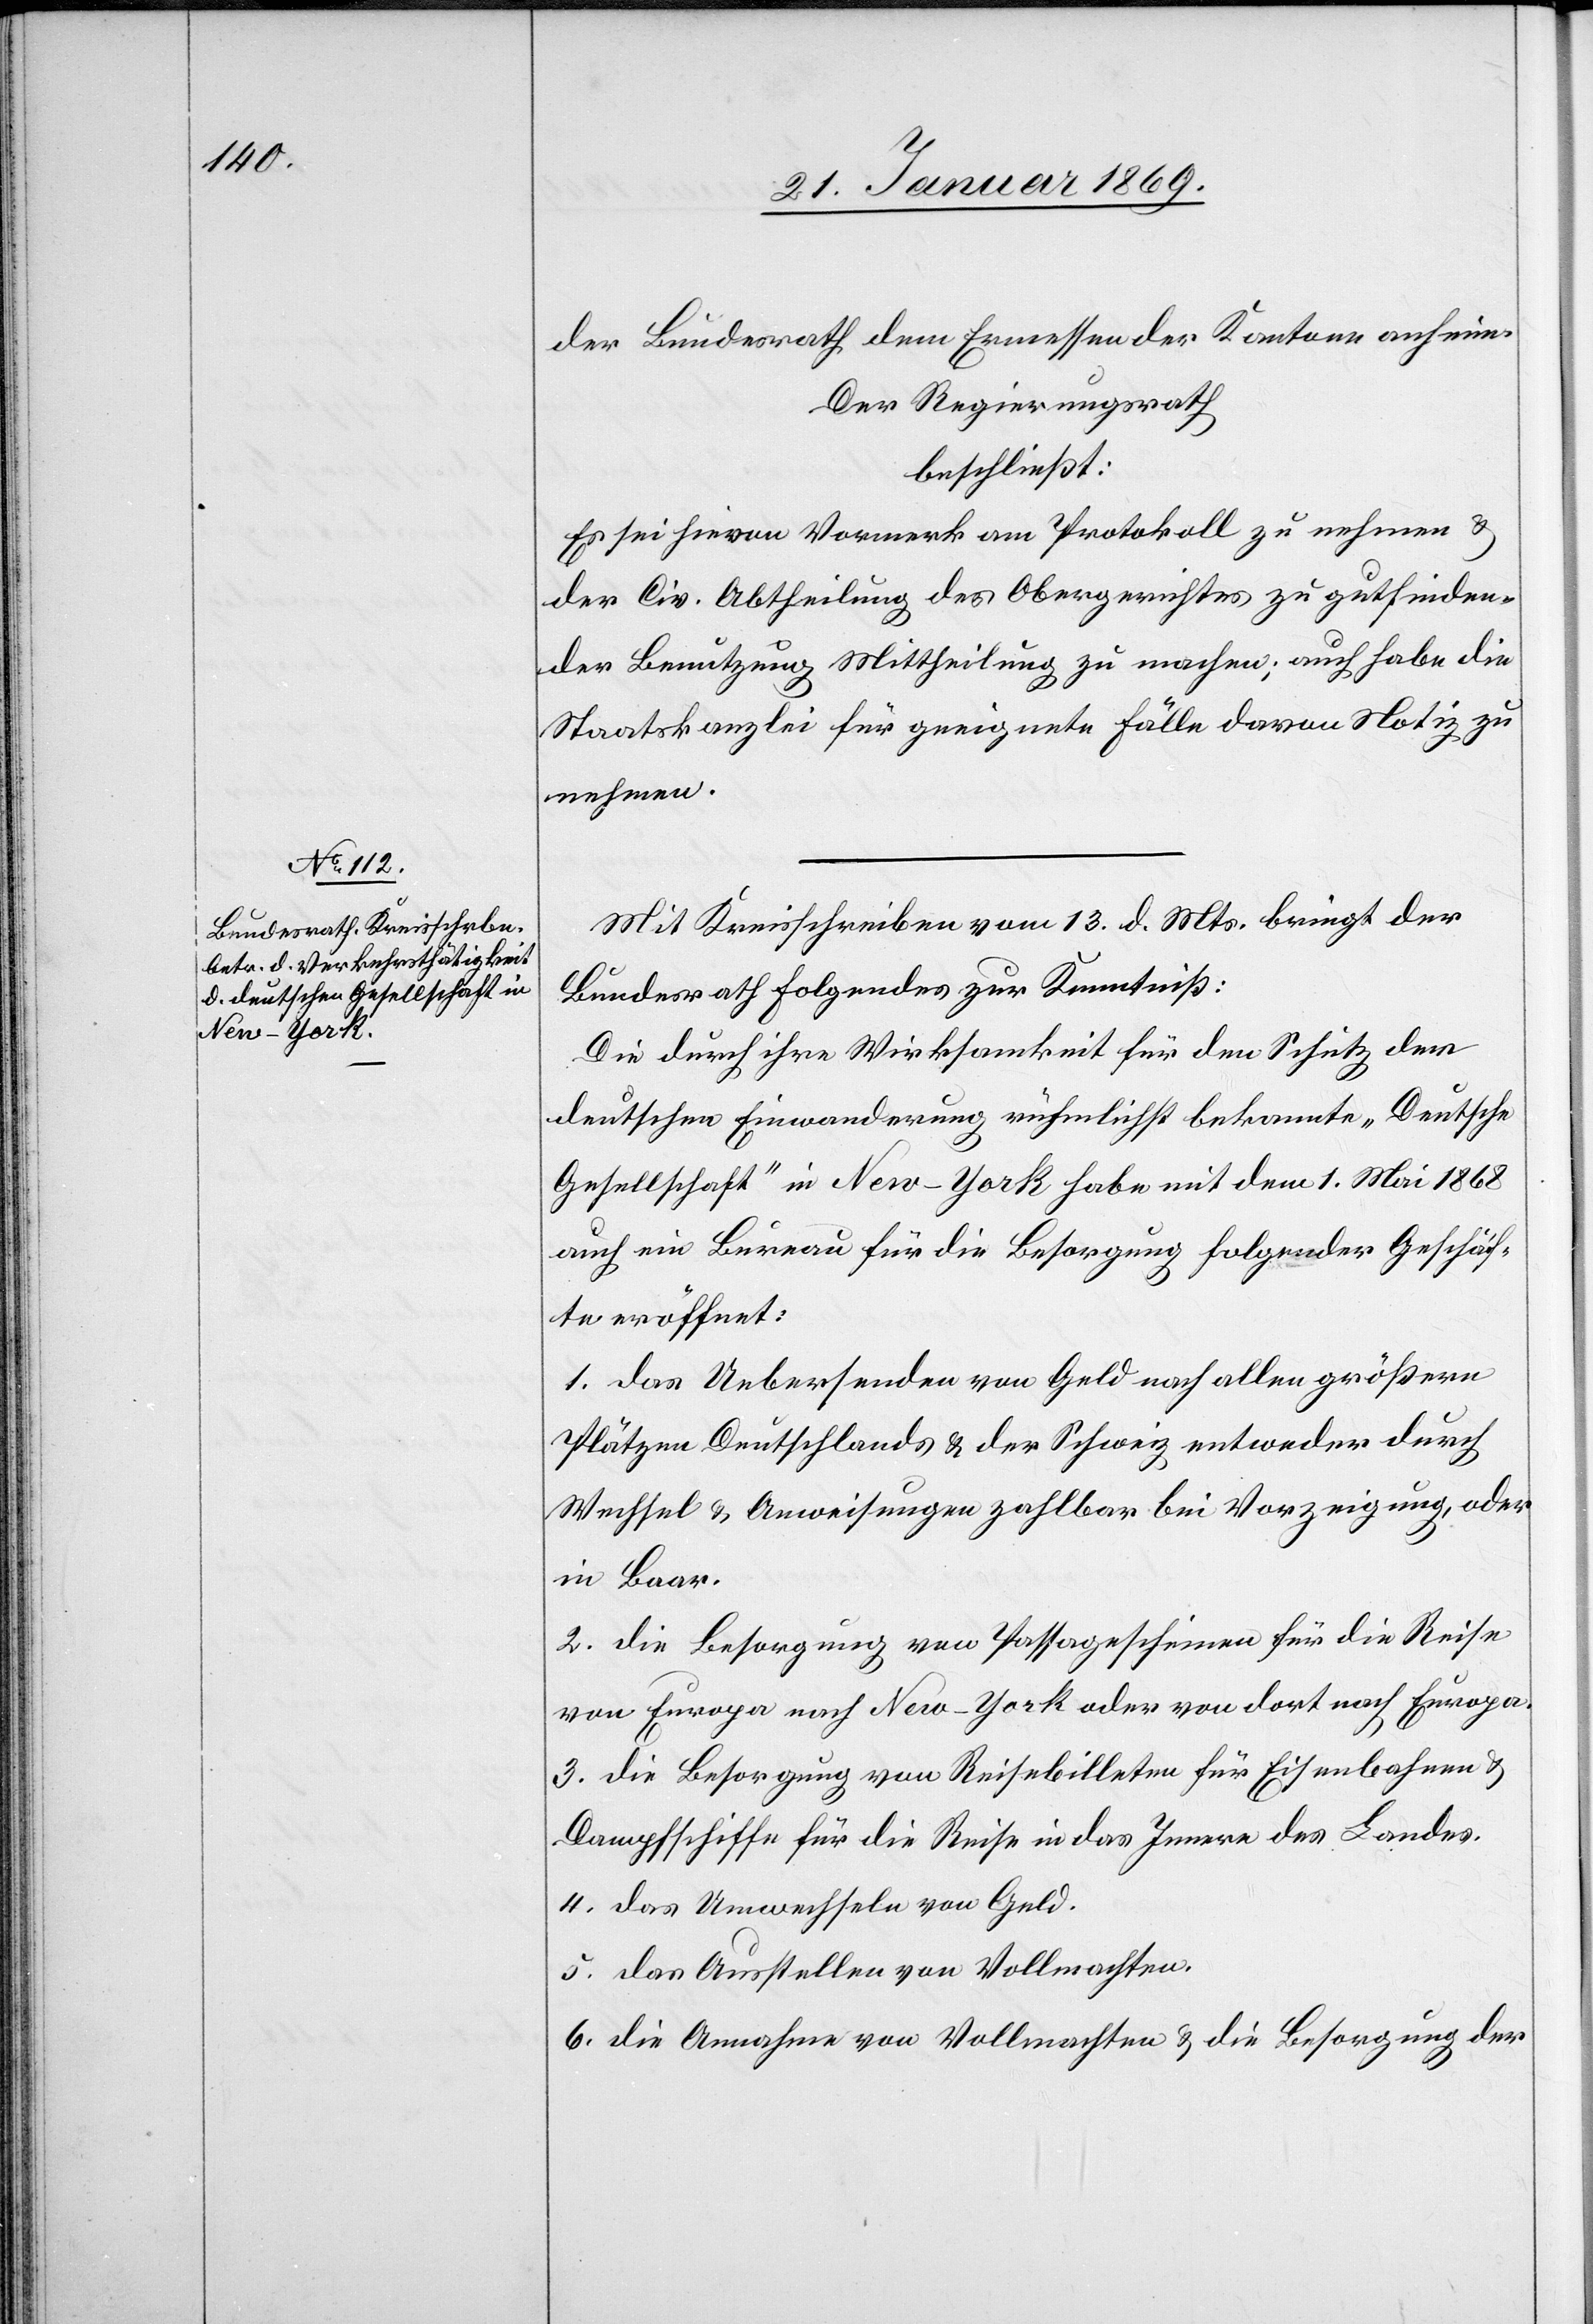
der Bundesrath dem Ermessen der Kantone anheim.
Der Regierungsrath
beschließt:
Es sei hievon Vormerk am Protokoll zu nehmen &
der Civ. Abtheilung des Obergerichtes zu gutfinden¬
der Benutzung Mittheilung zu machen; auch habe die
Staatskanzlei für geeignete Fälle davon Notiz zu
Mit Kreisschreiben vom 13 d. Mts. bringt der
Bundesrath folgendes zur Kenntniß:
Die durch ihre Wirksamkeit für den Schutz der
deutschen Einwanderung rühmlichst bekannte „Deutsche
Gesellschaft“ in New-York habe mit dem 1. Mai 1868
auch ein Bureau für die Besorgung folgender Geschäf¬
te eröffnet:
1. Das Uebersenden von Geld nach allen größern
Plätzen Deutschlands & der Schweiz entweder durch
Wechsel & Anweisungen zahlbar bei Vorzeigung, oder
in Baar.
2. Die Besorgung von Passagescheinen für die Reise
von Europa nach New-York oder von dort nach Europa.
3. Die Besorgung von Reisebilleten für Eisenbahnen &
Dampfschiffe für die Reise in das Innere des Landes.
4. Das Umwechseln von Geld.
5. Das Ausstellen von Vollmachten.
6. Die Annahme von Vollmachten & die Besorgung der